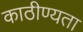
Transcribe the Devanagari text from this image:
काठीण्‍यता